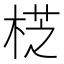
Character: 𣔰